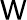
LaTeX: \mathsf{W}